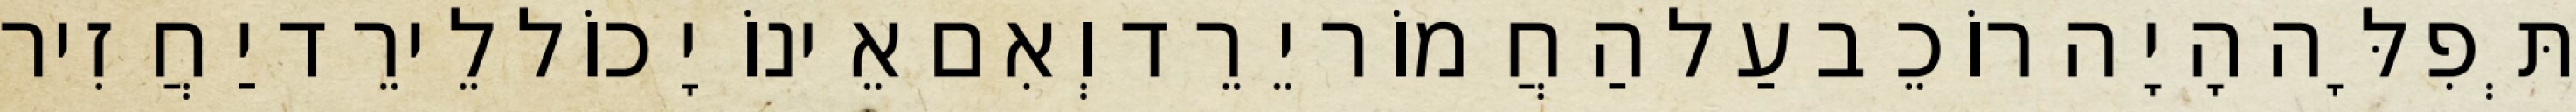
תְּפִלָּה הָיָה רוֹכֵב עַל הַחֲמוֹר יֵרֵד וְאִם אֵינוֹ יָכוֹל לֵירֵד יַחֲזִיר